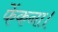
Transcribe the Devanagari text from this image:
फेंकना।